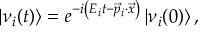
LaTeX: \left| \nu _ { i } ( t ) \right\rangle = e ^ { - i \left( E _ { i } t - { \vec { p } } _ { i } \cdot { \vec { x } } \right) } \left| \nu _ { i } ( 0 ) \right\rangle ,